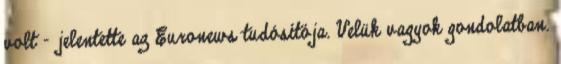
volt – jelentette az Euronews tudósítója. Velük vagyok gondolatban.